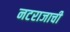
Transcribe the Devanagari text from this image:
नटराजाची